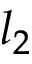
l _ { 2 }